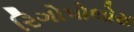
રિગોપોલોસ